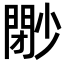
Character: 𡮩